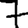
Digit: 7